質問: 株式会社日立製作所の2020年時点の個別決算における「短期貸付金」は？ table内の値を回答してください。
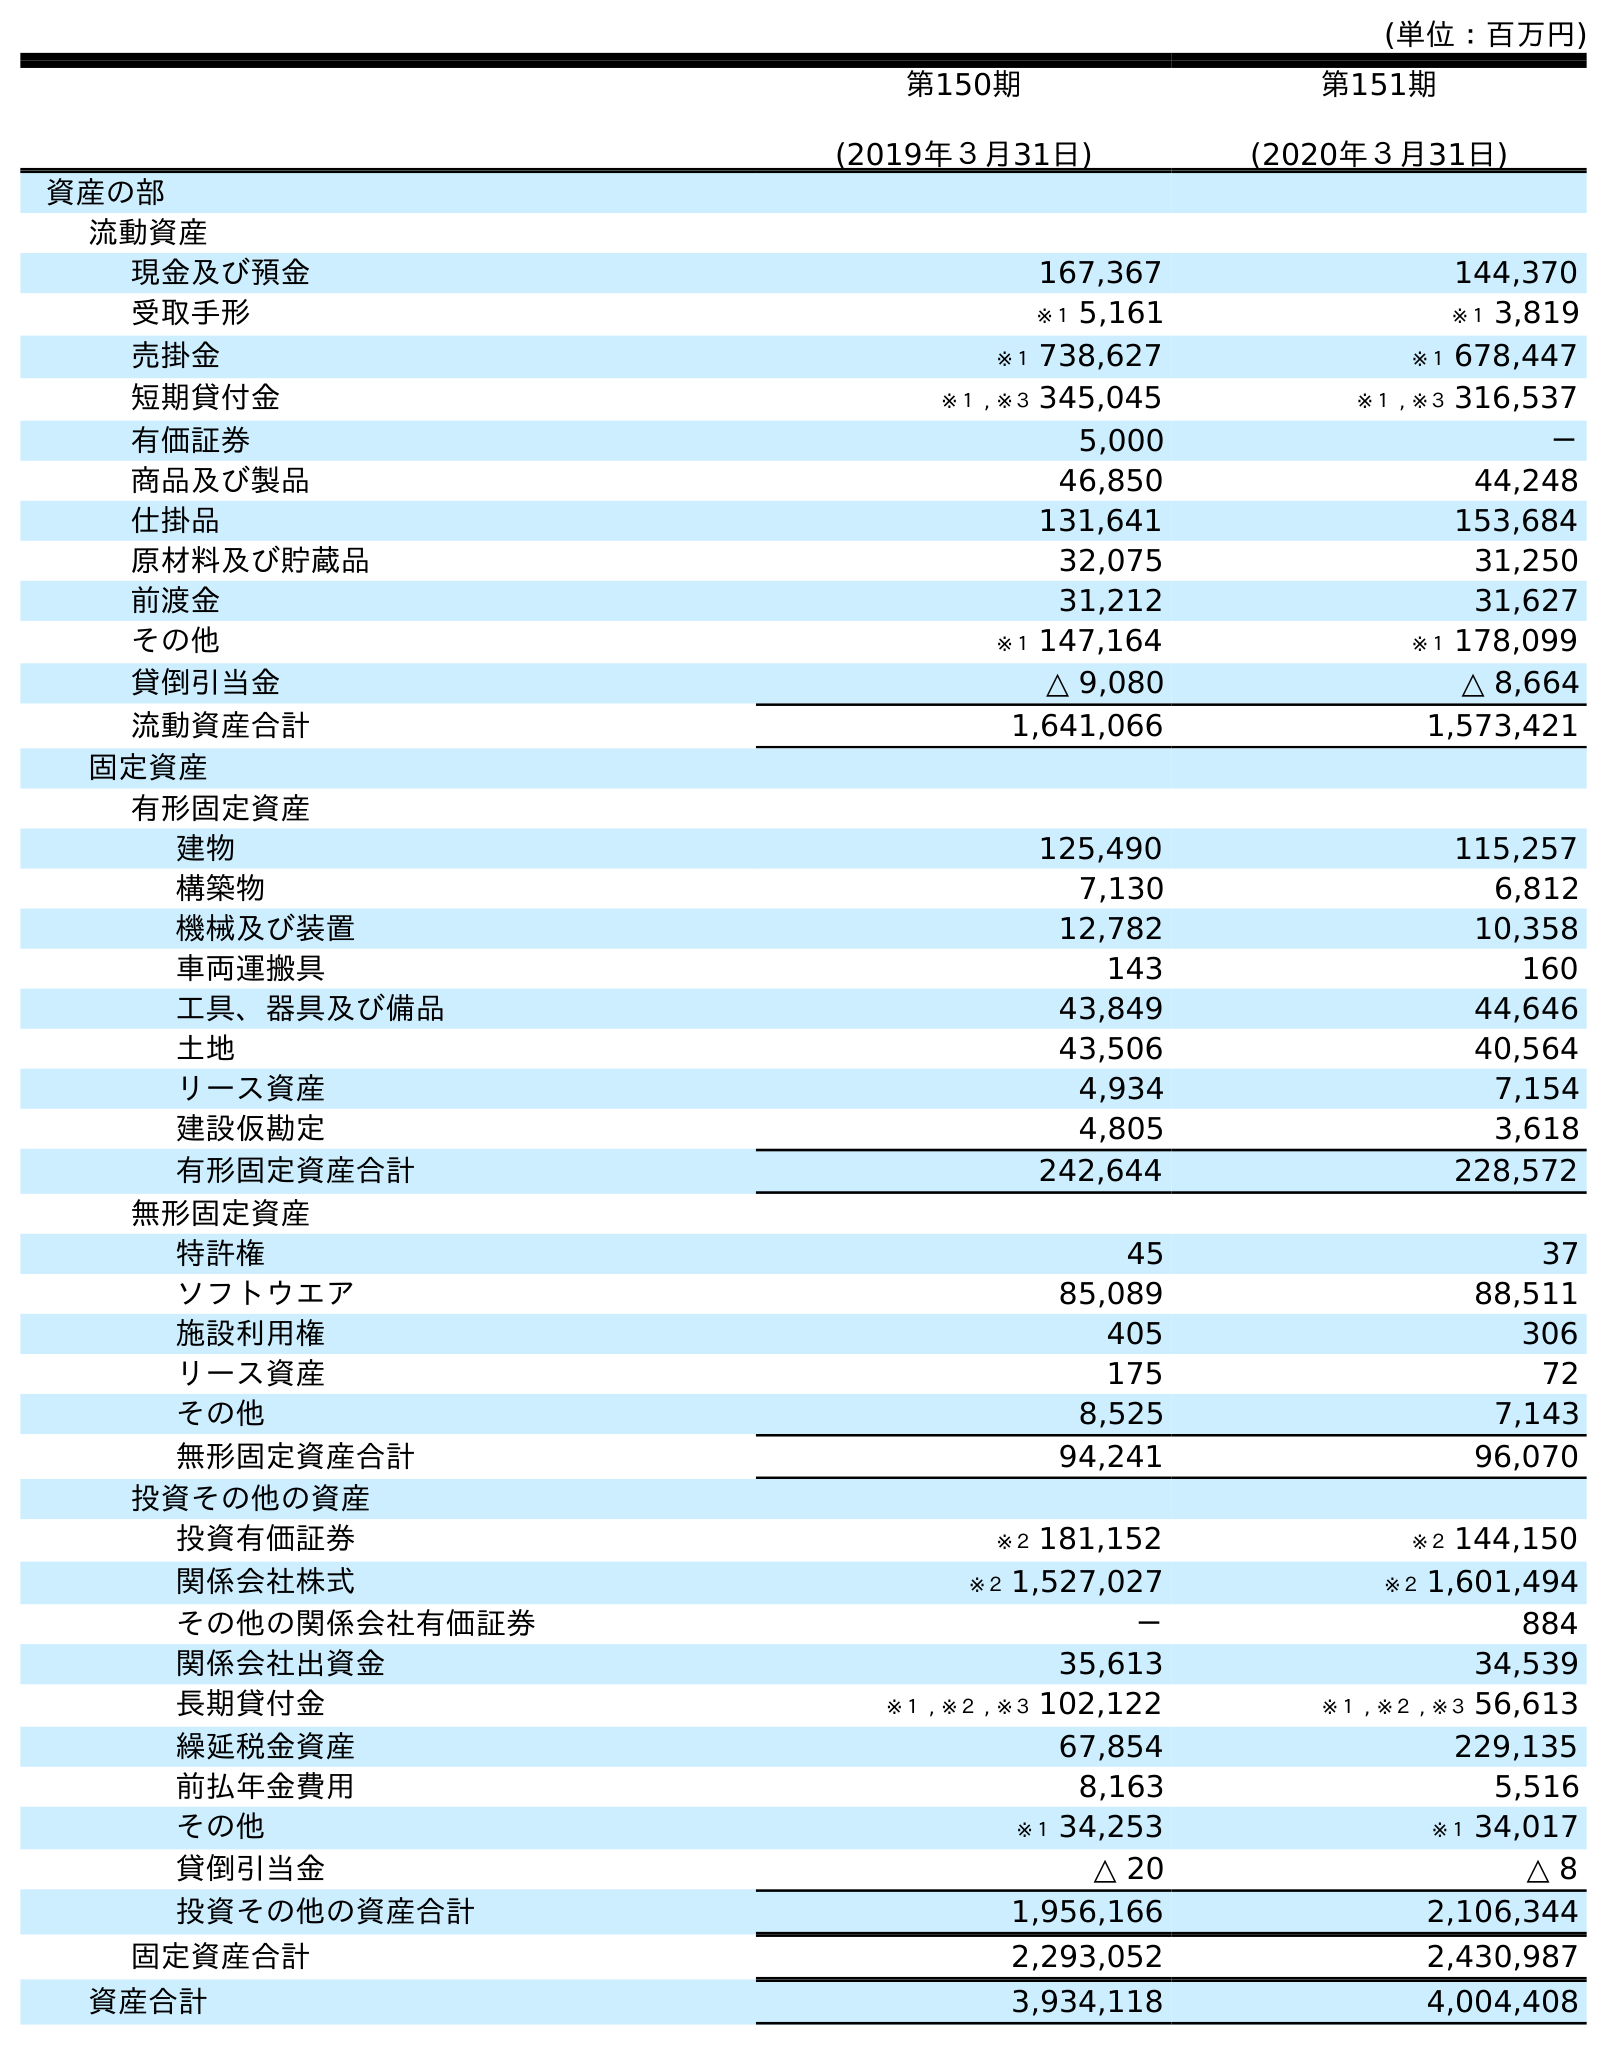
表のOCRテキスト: (単位：百万円) 第150期 (2019年３月31日) 第151期 (2020年３月31日) 資産の部 流動資産 現金及び預金 167,367 144,370 受取手形 ※１ 5,161 ※１ 3,819 売掛金 ※１ 738,627 ※１ 678,447 短期貸付金 ※１ , ※３ 345,045 ※１ , ※３ 316,537 有価証券 5,000 － 商品及び製品 46,850 44,248 仕掛品 131,641 153,684 原材料及び貯蔵品 32,075 31,250 前渡金 31,212 31,627 その他 ※１ 147,164 ※１ 178,099 貸倒引当金 △ 9,080 △ 8,664 流動資産合計 1,641,066 1,573,421 固定資産 有形固定資産 建物 125,490 115,257 構築物 7,130 6,812 機械及び装置 12,782 10,358 車両運搬具 143 160 工具、器具及び備品 43,849 44,646 土地 43,506 40,564 リース資産 4,934 7,154 建設仮勘定 4,805 3,618 有形固定資産合計 242,644 228,572 無形固定資産 特許権 45 37 ソフトウエア 85,089 88,511 施設利用権 405 306 リース資産 175 72 その他 8,525 7,143 無形固定資産合計 94,241 96,070 投資その他の資産 投資有価証券 ※２ 181,152 ※２ 144,150 関係会社株式 ※２ 1,527,027 ※２ 1,601,494 その他の関係会社有価証券 － 884 関係会社出資金 35,613 34,539 長期貸付金 ※１ , ※２ , ※３ 102,122 ※１ , ※２ , ※３ 56,613 繰延税金資産 67,854 229,135 前払年金費用 8,163 5,516 その他 ※１ 34,253 ※１ 34,017 貸倒引当金 △ 20 △ 8 投資その他の資産合計 1,956,166 2,106,344 固定資産合計 2,293,052 2,430,987 資産合計 3,934,118 4,004,408
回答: ※１,※３316,537